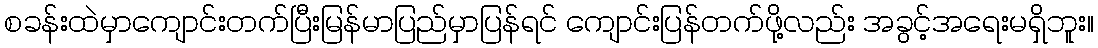
စခန်းထဲမှာကျောင်းတက်ပြီးမြန်မာပြည်မှာပြန်ရင် ကျောင်းပြန်တက်ဖို့လည်း အခွင့်အရေးမရှိဘူး။